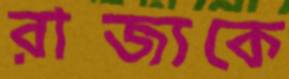
রাজ্যকে